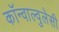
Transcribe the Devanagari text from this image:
कॉन्वाल्वुलेसी